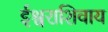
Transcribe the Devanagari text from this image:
ईश्वराशिवाय